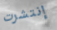
إنتشرت